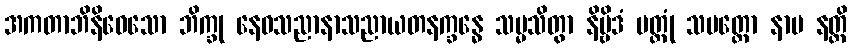
အကတာဘိနိဝေသော ဘိက္ခု နေဝသညာနာသညာယတနက္ခန္ဓေ သမ္မသိတွာ နိဗ္ဗိဒံ ပတ္တုံ သမတ္ထော နာမ နတ္ထိ